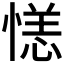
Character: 𪬝